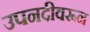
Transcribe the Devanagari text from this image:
उपनदीवरून